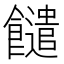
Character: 䭤